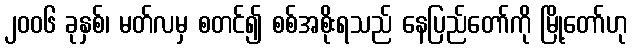
၂၀၀၆ ခုနှစ်၊ မတ်လမှ စတင်၍ စစ်အစိုးရသည် နေပြည်တော်ကို မြို့တော်ဟု